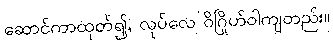
ဆောင်ကာထုတ်၍, လုပ်လေ ဝိဂြိုဟ်ဝါကျတည်း။